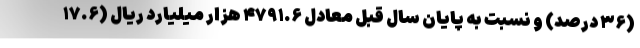
(۳۶ درصد) و نسبت به پایان سال قبل معادل ۴۷۹۱.۶ هزار میلیارد ریال (۱۷.۶